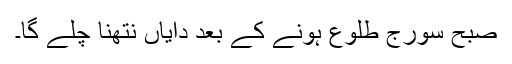
صبح سورج طلوع ہونے کے بعد دایاں نتھنا چلے گا۔